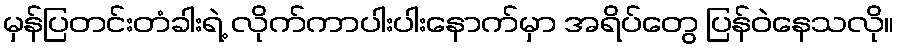
မှန်ပြတင်းတံခါးရဲ့ လိုက်ကာပါးပါးနောက်မှာ အရိပ်တွေ ပြန်ဝဲနေသလို။